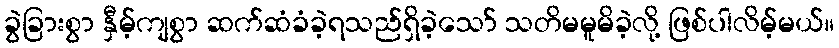
ခွဲခြားစွာ နှီမ့်ကျစွာ ဆက်ဆံခံခဲ့ရသည်ရှိခဲ့သော် သတိမမူမိခဲ့လို့ ဖြစ်ပါလိမ့်မယ်။